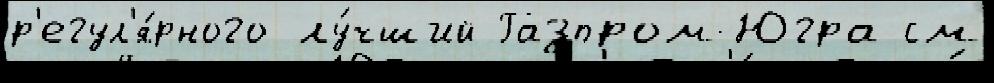
р'егул'я́рного лу́чший Газпром-Югра см